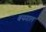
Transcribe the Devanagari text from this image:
बयगाल